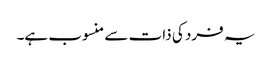
یہ فرد کی ذات سے منسوب ہے۔